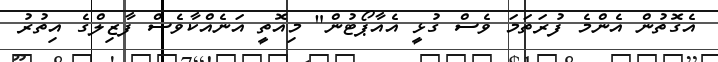
އެގޮތުން އެންމެ ފުރަތަމަ ވެސް ގުޅީ އެއާޕޯޓުން" މިއޮތީ އަނެއްކާވެސް ފާޒިލްގެ އިތުރު